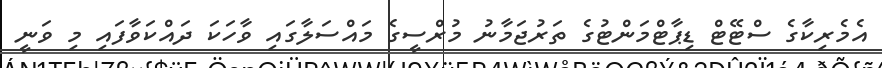
އެމެރިކާގެ ސްޓޭޓް ޑިޕާޓްމަންޓުގެ ތަރުޖަމާނު މުރްސީގެ މައްސަލާގައި ވާހަކަ ދައްކަވާފައި މި ވަނީ